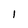
Character: I